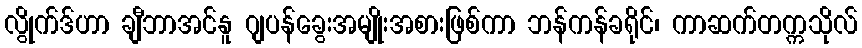
လွိုက်ဒ်ဟာ ချီဘာအင်နူ ဂျပန်ခွေးအမျိုးအစားဖြစ်ကာ ဘန်ကန်ခရိုင်၊ ကာဆက်တက္ကသိုလ်